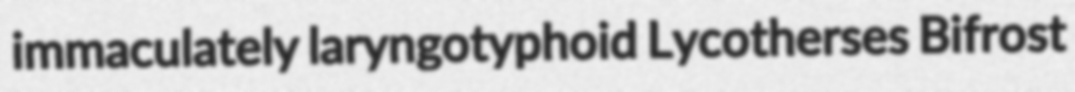
immaculately laryngotyphoid Lycotherses Bifrost